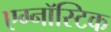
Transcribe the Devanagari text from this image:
एग्नॉस्टिक